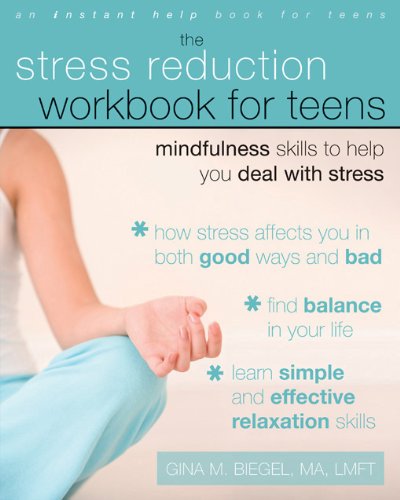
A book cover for The Stress Reduction Workbook for Teens: Mindfulness Skills to Help You Deal with Stress; Gina Biegel MA  LMFT; Parenting & Relationships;